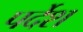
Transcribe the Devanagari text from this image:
पर्देश